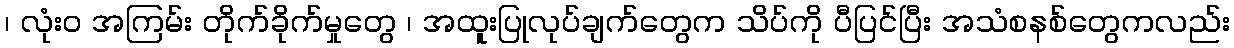
၊ လုံးဝ အကြမ်း တိုက်ခိုက်မှုတွေ ၊ အထူးပြုလုပ်ချက်တွေက သိပ်ကို ပီပြင်ပြီး အသံစနစ်တွေကလည်း